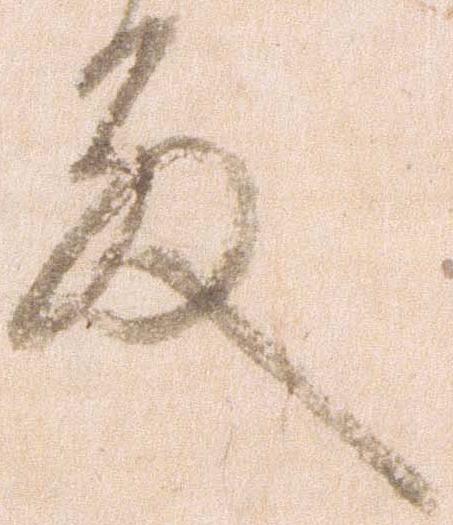
殿